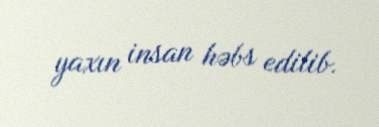
yaxın insan həbs edilib.